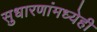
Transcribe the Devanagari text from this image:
सुधारणांमध्येही